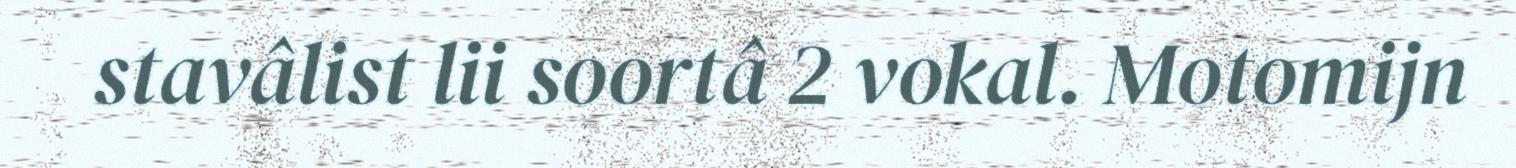
stavâlist lii soortâ 2 vokal. Motomijn